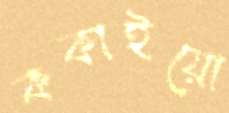
ককাইয়ো